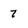
Character: 7